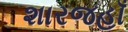
શારજહાઁ